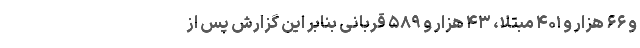
و ۶۶ هزار و ۴۰۱ مبتلا، ۴۳ هزار و ۵۸۹ قربانی بنابر این گزارش پس از